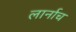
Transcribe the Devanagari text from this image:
लार्नाच